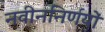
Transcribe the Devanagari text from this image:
नवीननिर्णयों